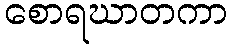
စောရဃာတကာ